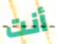
أنت